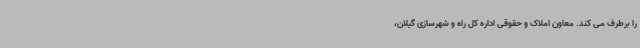
را برطرف می کند. معاون املاک و حقوقی اداره کل راه و شهرسازی گیلان،